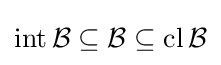
\operatorname {int} {\mathcal {B}}\subseteq {\mathcal {B}}\subseteq \operatorname {cl} {\mathcal {B}}